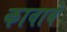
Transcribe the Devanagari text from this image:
कावाबे